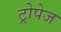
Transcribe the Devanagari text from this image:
ट्रोपेज